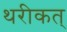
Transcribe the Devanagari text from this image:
थरीकत्